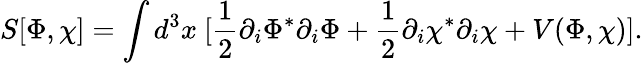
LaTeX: S[\Phi,\chi]=\int d^{3}x\ [\frac{1}{2}\partial_{i}\Phi^{*}\partial_{i}\Phi+\frac{1}{2}\partial_{i}\chi^{*}\partial_{i}\chi+V(\Phi,\chi)].